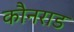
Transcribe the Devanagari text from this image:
कौनराड